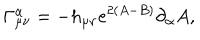
\Gamma _ { \mu \nu } ^ { \alpha } = - h _ { \mu \nu } e ^ { 2 ( A - B ) } \partial _ { \alpha } A ,